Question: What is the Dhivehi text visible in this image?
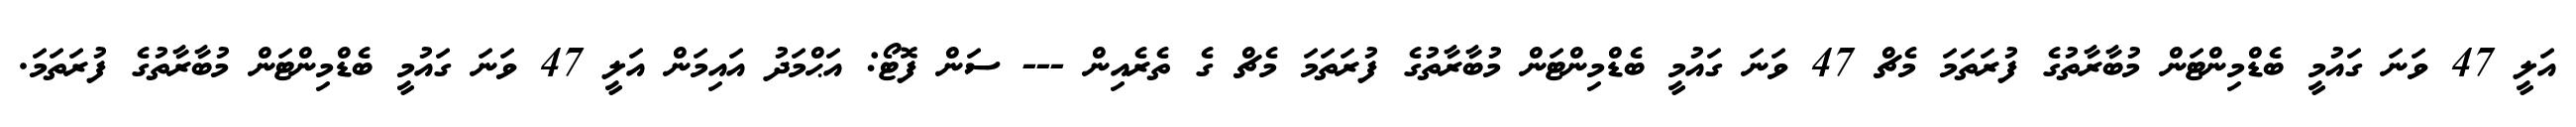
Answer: އަލީ 47 ވަނަ ގައުމީ ބެޑްމިންޓަން މުބާރާތުގެ ފުރަތަމަ މެޗް 47 ވަނަ ގައުމީ ބެޑްމިންޓަން މުބާރާތުގެ ފުރަތަމަ މެޗް ގެ ތެރެއިން --- ސަން ފޮޓޯ: އަޙްމަދު އައިމަން އަލީ 47 ވަނަ ގައުމީ ބެޑްމިންޓަން މުބާރާތުގެ ފުރަތަމަ.